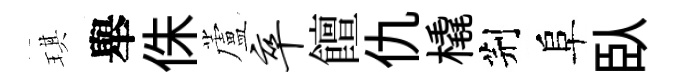
琪舉侏蘆卒饘仇橇荆阜臥